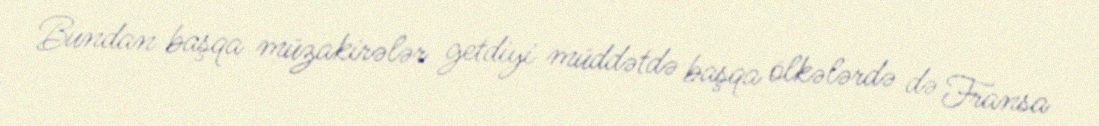
Bundan başqa müzakirələr getdiyi müddətdə başqa ölkələrdə də Fransa